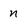
Character: n